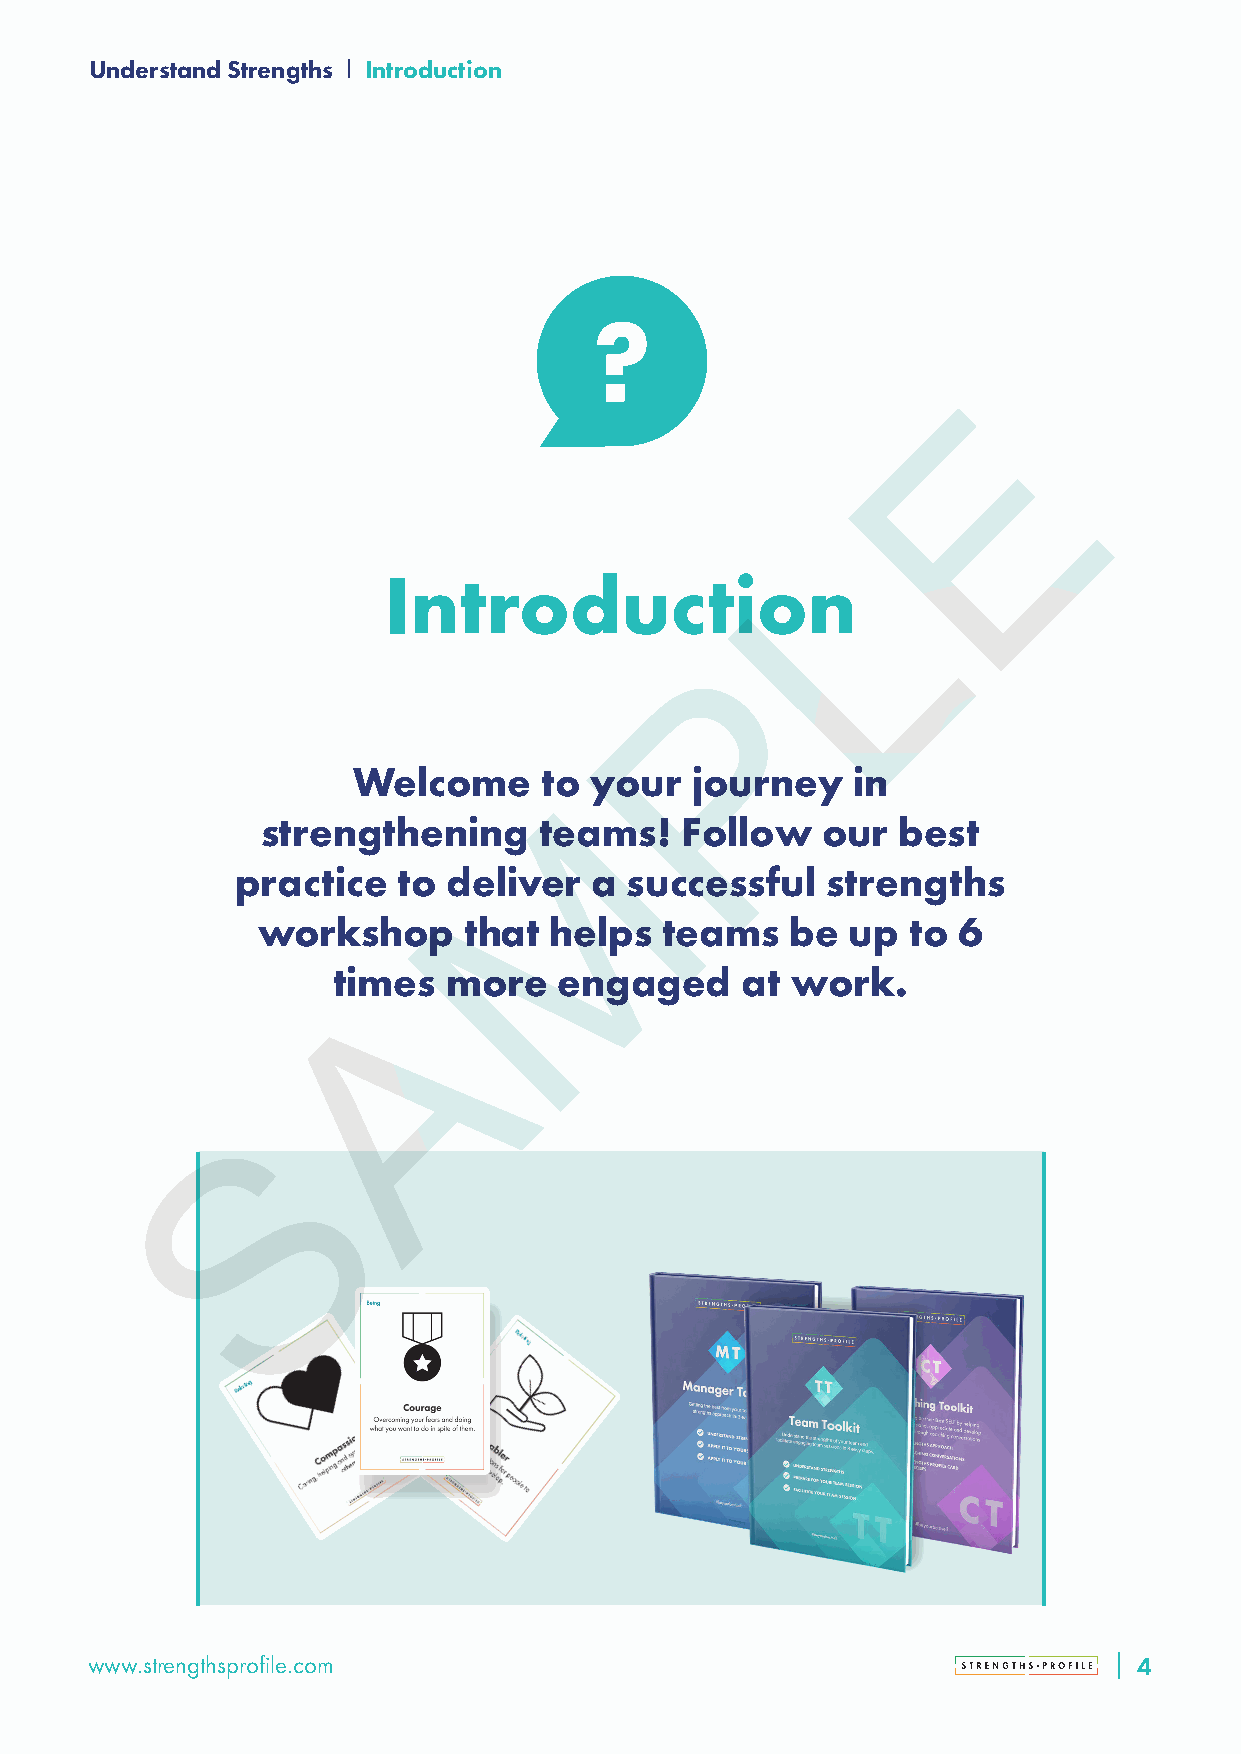
Understand Strengths Introduction
 E
 L
 Introduction
 P
 Welcome      to your   journey   in
 M
 strengthening      teams!   Follow   our  best
 practice  to  deliver  a  successful   strengths
 workshop      that helps   teams   be  up  to 6
 A
 times  more    engaged     at work.
 S
 www.strengthsprofile.com                                             44